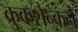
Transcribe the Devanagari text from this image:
क्रुकशैन्कने